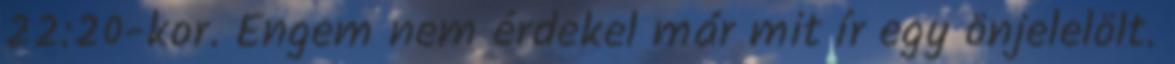
22:20-kor. Engem nem érdekel már mit ír egy önjelelölt.